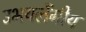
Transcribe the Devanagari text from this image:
उभयलैंगीय